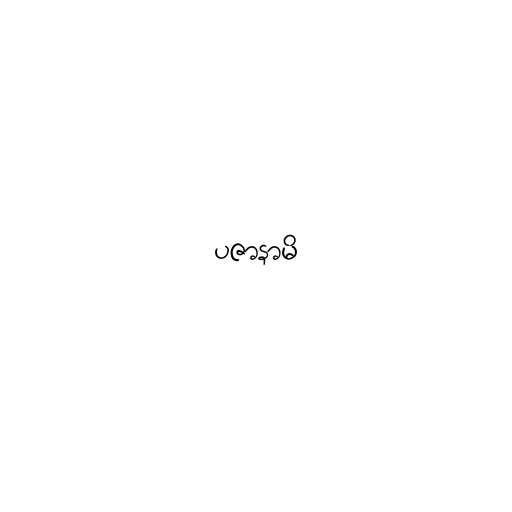
ပဇာနာမိ